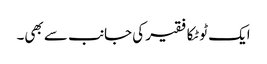
ایک ٹوٹکا فقیر کی جانب سے بھی۔